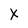
Character: X